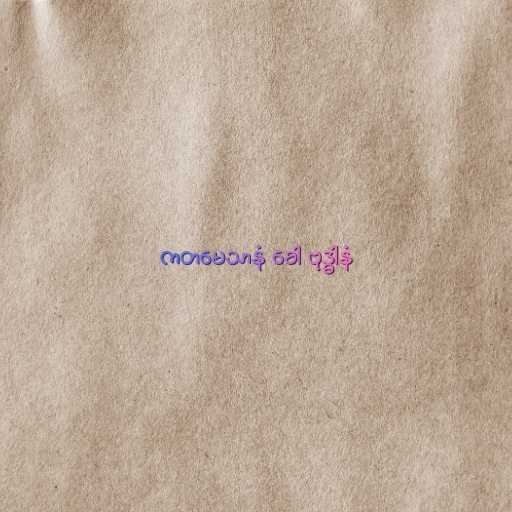
ကတမေသာနံ ခေါ ဗုဒ္ဓါနံ